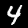
Label: 4